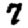
Digit: 7